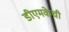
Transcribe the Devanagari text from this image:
डीएमकेची